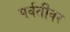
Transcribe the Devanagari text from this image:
पर्वतीवर